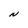
Character: N